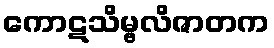
ကောဋသိမ္ဗလိဇာတက